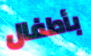
بأطفال